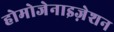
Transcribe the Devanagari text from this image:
होमोजेनाइज़ेशन